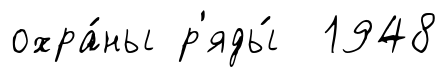
охра́ны р'яды́ 1948